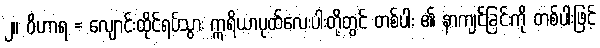
၂။ ဝိဟာရ = လျောင်းထိုင်ရပ်သွား ဣရိယာပုထ်လေးပါးတို့တွင် တစ်ပါး ၏ နာကျင်ခြင်းကို တစ်ပါးဖြင့်